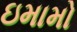
ઇમામો